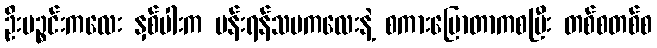
ဦးပဉ္စင်းကလေး နှစ်ပါးက ပန်းရန်သမကလေးနဲ့ စကားပြောတာကစပြီး တစ်စတစ်စ